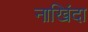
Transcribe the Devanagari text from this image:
नाखिंदा